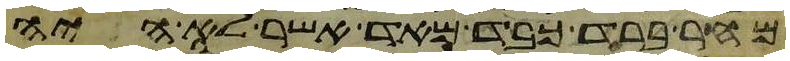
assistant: מחר ברד כבד מאד אשר לא היה